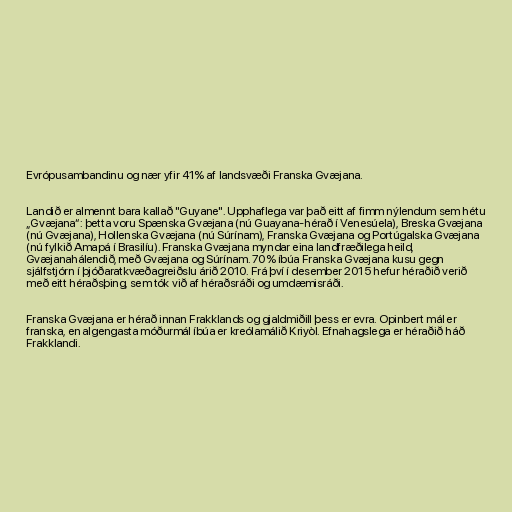
Evrópusambandinu og nær yfir 41% af landsvæði Franska Gvæjana.

Landið er almennt bara kallað "Guyane". Upphaflega var það eitt af fimm nýlendum sem hétu
„Gvæjana“: þetta voru Spænska Gvæjana (nú Guayana-hérað í Venesúela), Breska Gvæjana
(nú Gvæjana), Hollenska Gvæjana (nú Súrínam), Franska Gvæjana og Portúgalska Gvæjana
(nú fylkið Amapá í Brasilíu). Franska Gvæjana myndar eina landfræðilega heild,
Gvæjanahálendið, með Gvæjana og Súrínam. 70% íbúa Franska Gvæjana kusu gegn
sjálfstjórn í þjóðaratkvæðagreiðslu árið 2010. Frá því í desember 2015 hefur héraðið verið
með eitt héraðsþing, sem tók við af héraðsráði og umdæmisráði.

Franska Gvæjana er hérað innan Frakklands og gjaldmiðill þess er evra. Opinbert mál er
franska, en algengasta móðurmál íbúa er kreólamálið Kriyòl. Efnahagslega er héraðið háð
Frakklandi.